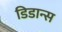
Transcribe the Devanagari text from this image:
डिडान्स